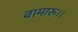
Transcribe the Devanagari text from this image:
बामारू।।